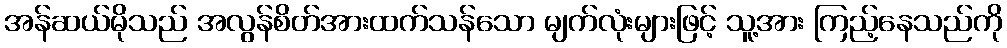
အန်ဆယ်မိုသည် အလွန်စိတ်အားထက်သန်သော မျက်လုံးများဖြင့် သူ့အား ကြည့်နေသည်ကို